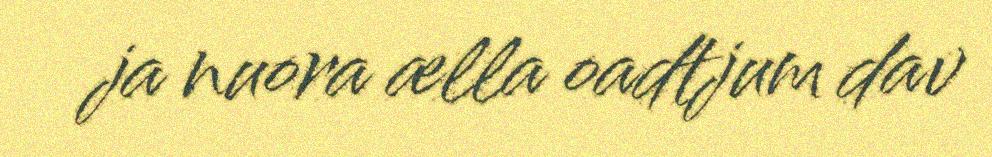
ja nuora ælla oadtjum dav